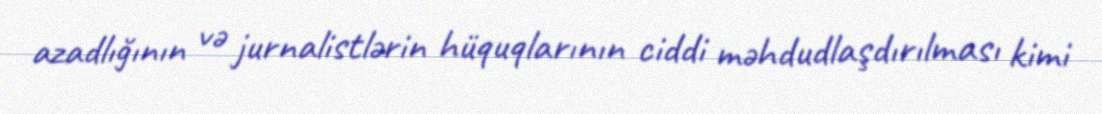
azadlığının və jurnalistlərin hüquqlarının ciddi məhdudlaşdırılması kimi